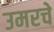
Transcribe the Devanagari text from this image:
उमरचे